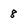
Character: 8